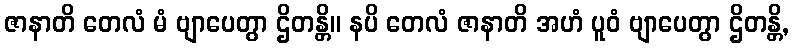
ဇာနာတိ တေလံ မံ ဗျာပေတွာ ဌိတန္တိ။ နပိ တေလံ ဇာနာတိ အဟံ ပူဝံ ဗျာပေတွာ ဌိတန္တိ,